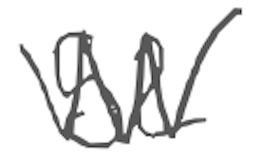
Text: 52
Cross-out: zig-zag
Writing tool: digital_gray